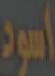
أسود